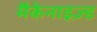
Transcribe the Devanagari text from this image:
मैकेनाइज़्ड